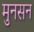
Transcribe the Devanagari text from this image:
मुनसन